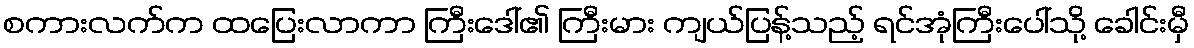
စကားလက်က ထပြေးလာကာ ကြီးဒေါ်၏ ကြီးမား ကျယ်ပြန့်သည့် ရင်အုံကြီးပေါ်သို့ ခေါင်းမှီ